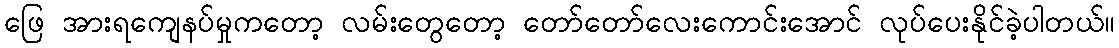
ဖြေ အားရကျေနပ်မှုကတော့ လမ်းတွေတော့ တော်တော်လေးကောင်းအောင် လုပ်ပေးနိုင်ခဲ့ပါတယ်။